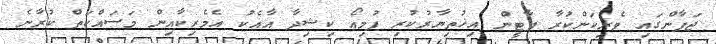
ޖަޕާންގައި ވެރިކަންކުރާ ޕާޓީން އިޚުތިޔާރުކުރި ފުމިއޯ ކިޝިދާ އާއެކު އެމެރިކާއިން މަސައްކަތް ކުރާނެ